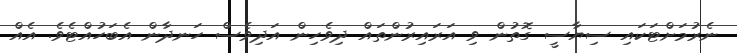
ނެރުމަށްޓަކައި ސިޔާސީ ގޮތުން ވި އަރައިރުންތައް ދިވެހިން އަދިވެސް ހަނދާން އެބަހުއްޓެވެ. އެއް